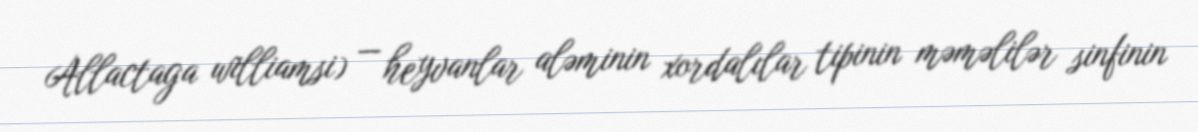
Allactaga williamsi) — heyvanlar aləminin xordalılar tipinin məməlilər sinfinin